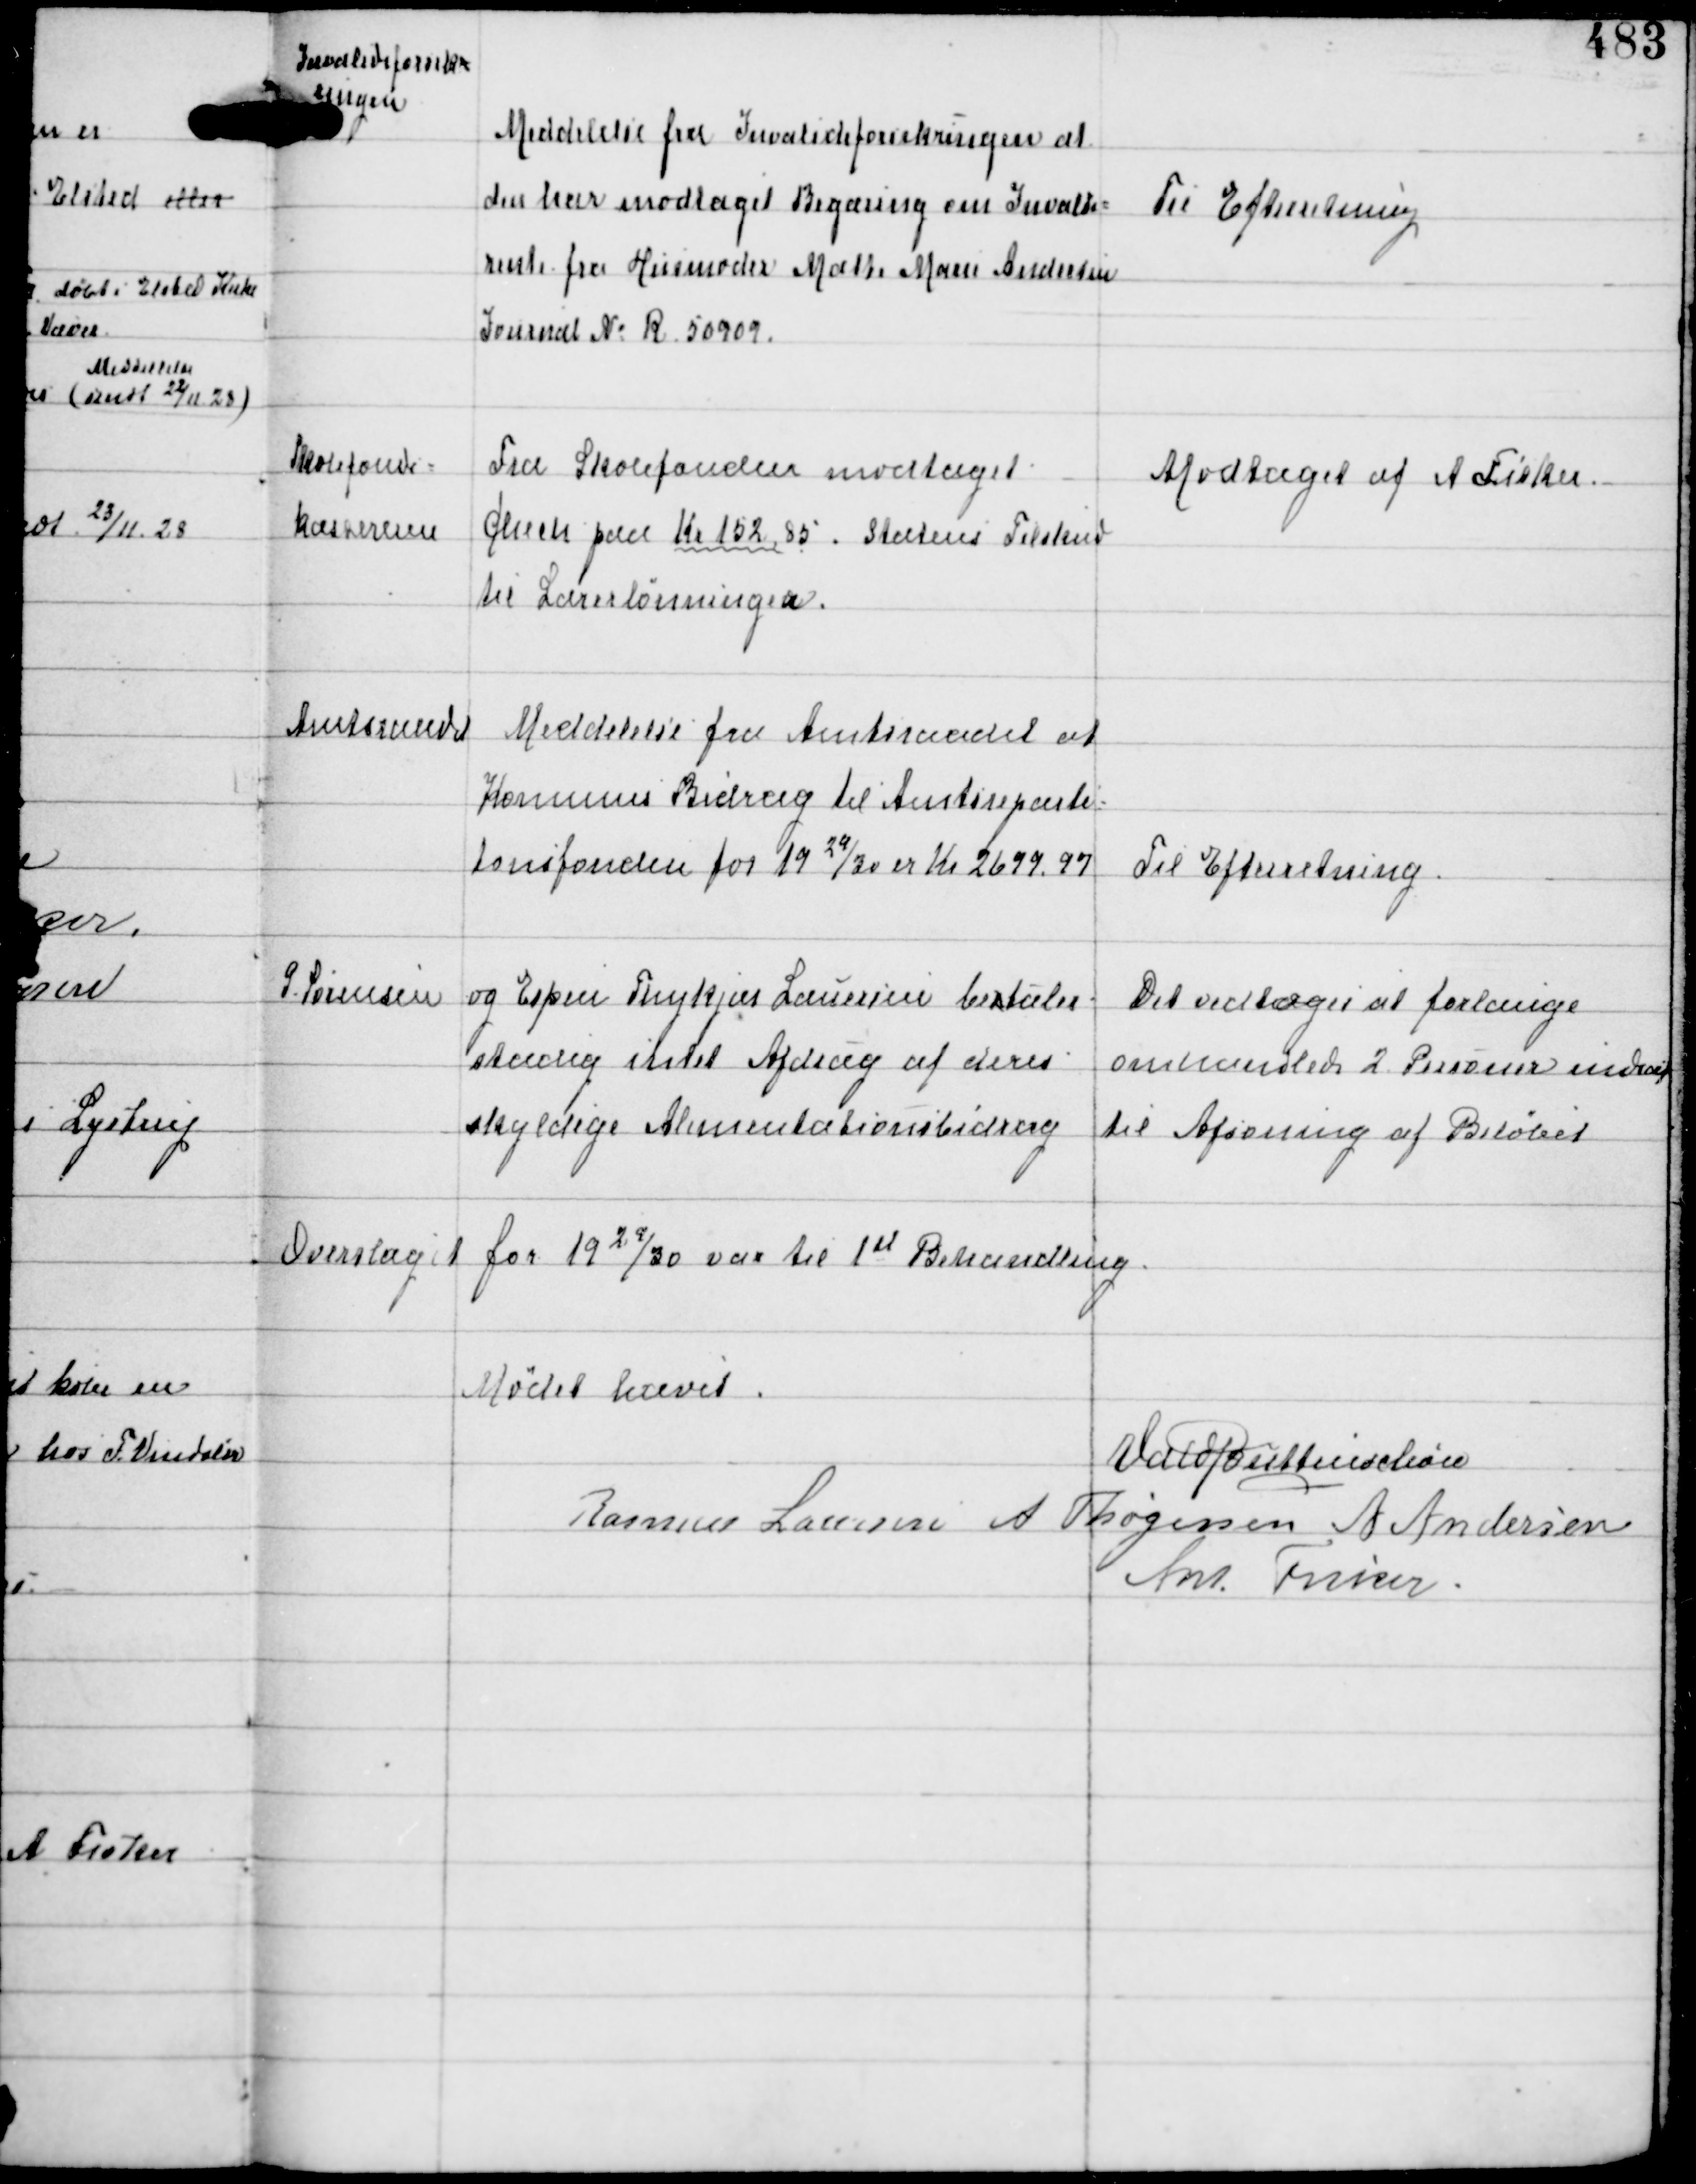
Transskription:
Invalideforsik-
ringen

Meddelse fra Invalideforsikringen at
den har modtaget Begæring om Invalide-
rente fra Husmoder Mætte Marie Andersen
Journal No R 50909.

Til Efterretning

Skolefonds-
kassereren

Fra Skolefonden modtaget
Chech paa Kr 152,85. Statens Tilskud
til Lærerlønningen.

Modtaget af A Fisker.

Amtsraadet

Meddelelse fra Amtsraadet at
Komunens Bidrag Amtsreparti-
tionsfonden for 1929/30 er Kr 2699,97

Til Efterretning

S Sørensen og Espen Thykjær Lauersen betaler
stadig intet Afdrag af deres
skyldige Alimentationsbidrag

Det vedtoges at forlange
omhandlede 2 Personer indsat
til Afsoning af Beløbet

Overslaget for 1929/30 var til 1st Behandling

Mødet hævet
Vald Buttenschøn
Rasmus Laursen A Thøgersen A Andersen
Ant Fisker